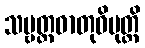
သဗ္ဗတ္ထဓာတုဓိမုတ္တိ